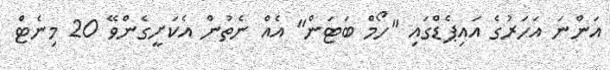
އަންނަ އަހަރުގެ އައިޕެޑްގައި "ހޯމް ބަޓަން" އެއް ނެތުން އެކަށީގެންވޭ 20 މިނެޓް